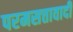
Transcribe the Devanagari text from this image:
परमसत्तावादी